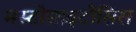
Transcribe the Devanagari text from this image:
मस्टोसाइटोसिस